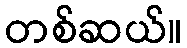
တစ်ဆယ်။